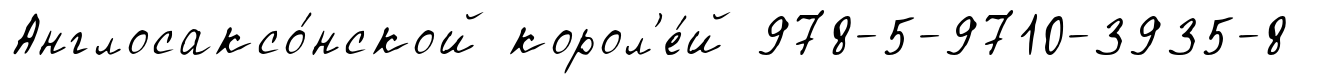
Англосаксо́нской корол'е́й 978-5-9710-3935-8